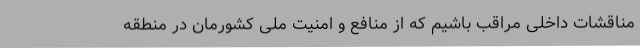
مناقشات داخلی مراقب باشیم که از منافع و امنیت ملی کشورمان در منطقه